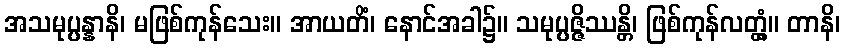
အသမုပ္ပန္နာနိ၊ မဖြစ်ကုန်သေး။ အာယတိံ၊ နောင်အခါ၌။ သမုပ္ပဇ္ဇိဿန္တိ၊ ဖြစ်ကုန်လတ္တံ့။ တာနိ၊